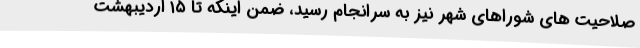
صلاحیت های شوراهای شهر نیز به سرانجام رسید، ضمن اینکه تا ۱۵ اردیبهشت